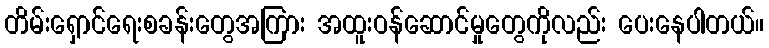
တိမ်းရှောင်ရေးစခန်းတွေအကြား အထူးဝန်ဆောင်မှုတွေကိုလည်း ပေးနေပါတယ်။